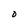
Character: O